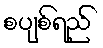
စပျစ်ရည်